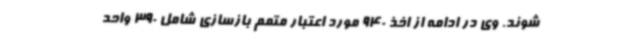
‌شوند. وی در ادامه از اخذ 940 مورد اعتبار متمم بازسازی شامل 390 واحد